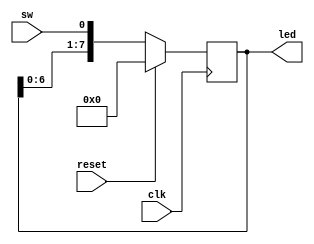
`timescale 1ns / 1ps
//////////////////////////////////////////////////////////////////////////////////
// Company: 
// Engineer: 
// 
// Design Name: 
// Module Name: SIPO
// Project Name: 
// Target Devices: 
// Tool Versions: 
// Description: 
// 
// Dependencies: 
// 
// Revision:
// Revision 0.01 - File Created
// Additional Comments:
// 
//////////////////////////////////////////////////////////////////////////////////


module SIPO(
input clk,
input reset,
input sw,
output reg [7:0] led
    );

always @ (posedge (clk))
begin
    if (reset)
        led <= 8'b0;
    else
        led[7:0] <= {led[6:0], sw};
 end       
endmodule